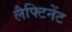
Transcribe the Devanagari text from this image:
लैफ्टिनेंट